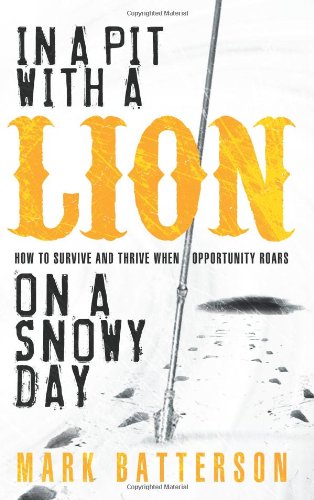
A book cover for In a Pit with a Lion on a Snowy Day: How to Survive and Thrive When Opportunity Roars; Mark Batterson; Christian Books & Bibles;